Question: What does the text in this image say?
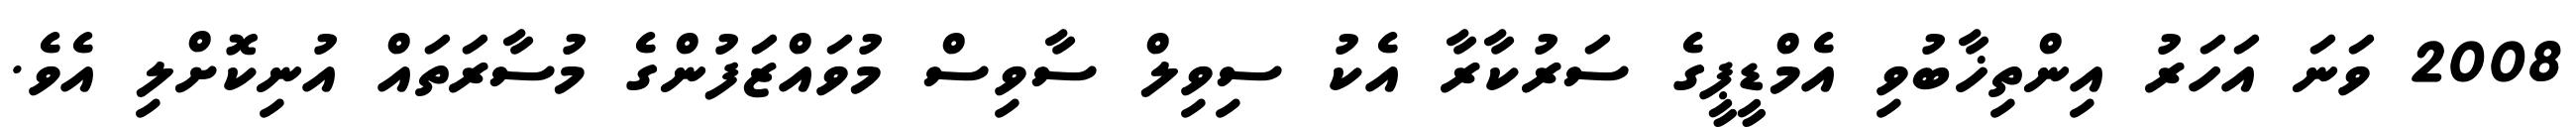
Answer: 2008 ވަނަ އަހަރު އިންތިޚާބުވި އެމްޑީޕީގެ ސަރުކާރާ އެކު ސިވިލް ސާވިސް މުވައްޒަފުންގެ މުސާރަތައް އުނިކޮށްލި އެވެ.